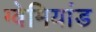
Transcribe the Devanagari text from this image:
ग्वेमियांड